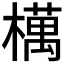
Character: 𣜜